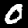
Label: 0